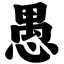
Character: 愚